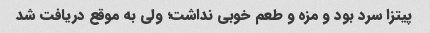
پیتزا سرد بود و مزه و طعم خوبی نداشت؛ ولی به موقع دریافت شد